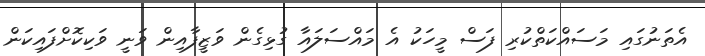
އެތަނުގައި މަސައްކަތްކުރި ފަސް މީހަކު އެ މައްސަލައާ ގުޅިގެން ވަޒީފާއިން ވަނީ ވަކިކޮށްފައިކަން